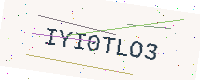
Text: IYI0TLO3